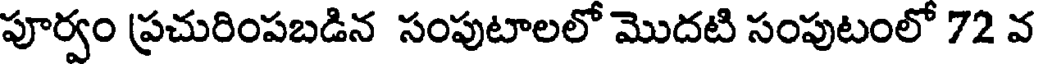
పూర్వం ప్రచురింపబడిన సంపుటాలలో మొదటి సంపుటంలో 72 వ